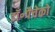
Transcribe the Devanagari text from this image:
डॉ॰पैचेको